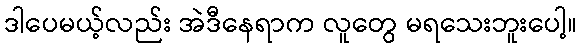
ဒါပေမယ့်လည်း အဲဒီနေရာက လူတွေ မရသေးဘူးပေါ့။